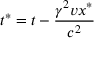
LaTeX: t ^ { \ast } = t - { \frac { \gamma ^ { 2 } v x ^ { * } } { c ^ { 2 } } }